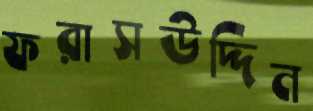
ফরাসউদ্দিন